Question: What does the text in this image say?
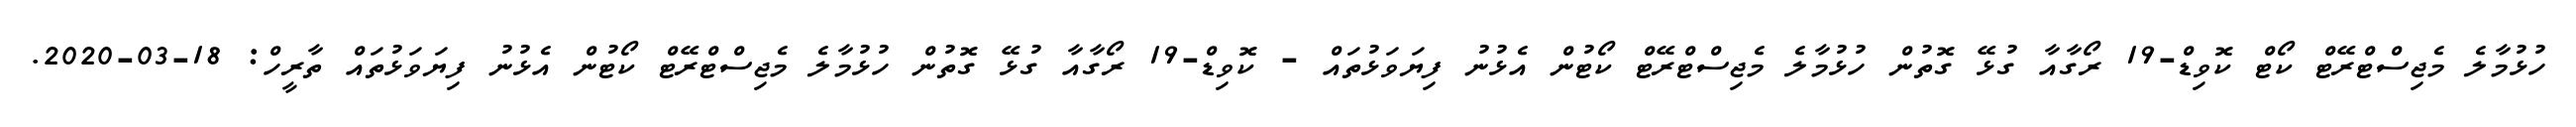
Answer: ހުޅުމާލެ މެޖިސްޓްރޭޓް ކޯޓް ކޮވިޑް-19 ރޯގާއާ ގުޅޭ ގޮތުން ހުޅުމާލެ މެޖިސްޓްރޭޓް ކޯޓުން އެޅުނު ފިޔަވަޅުތައް - ކޮވިޑް-19 ރޯގާއާ ގުޅޭ ގޮތުން ހުޅުމާލެ މެޖިސްޓްރޭޓް ކޯޓުން އެޅުނު ފިޔަވަޅުތައް ތާރީހް: 18-03-2020.